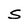
Character: S